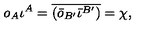
o _ { A } \iota ^ { A } = \overline { { ( \bar { o } _ { B ^ { \prime } } \bar { \iota } ^ { B ^ { \prime } } ) } } = \chi ,